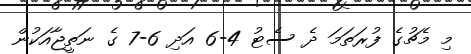
މި މެޗުގެ ފުރަތަމަ ދެ ސެޓު 4-6 އަދި 6-7 ގެ ނަތީޖާއަކުން